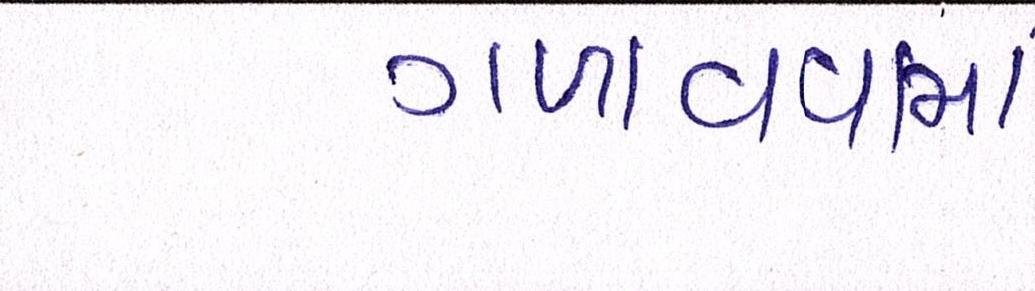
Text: ગળાવવામાં